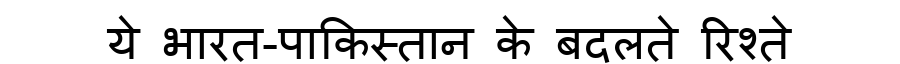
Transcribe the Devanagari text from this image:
ये भारत-पाकिस्तान के बदलते रिश्ते